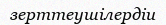
зерттеушілердіи